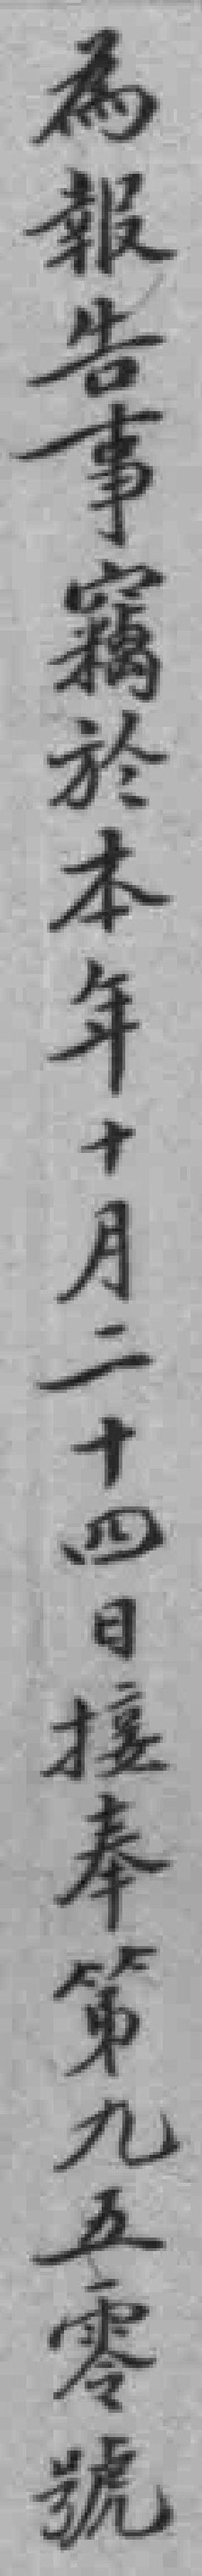
為報告事竊於本年十月二十四日接奉第九五零號